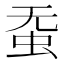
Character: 𱿛